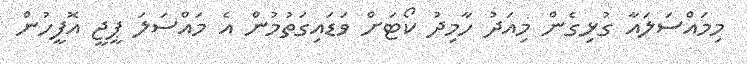
މިމައްސަލައާ ގުޅިގެން މިއަދު ހާމިދު ކޯޓަށް ވަޑައިގަތުމުން އެ މައްސަލަ ޕީޖީ އޮފީހުން